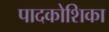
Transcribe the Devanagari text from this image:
पादकोशिका